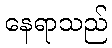
နေရာသည်